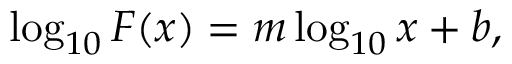
\log _ { 1 0 } F ( x ) = m \log _ { 1 0 } x + b ,